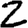
Digit: 2